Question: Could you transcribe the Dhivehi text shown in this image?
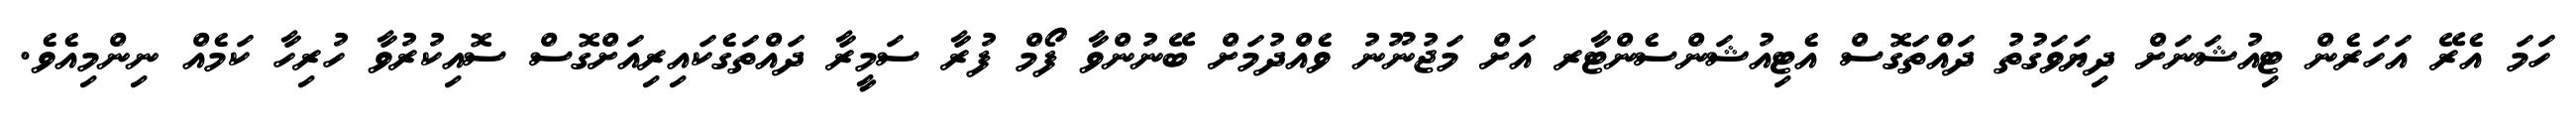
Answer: ހަމަ އެރޭ އަހަރެން ޓިއުޝަނަށް ދިޔަވަގުތު ދައްތަގޮސް އެޓިއުޝަންސެންޓާރ އަށް މަޖުނޫނު ވެއްދުމަށް ބޭނުންވާ ފޯމް ފުރާ ސަމީރާ ދައްތަގެކައިރިއަށްގޮސް ސޮއިކުރުވާ ހުރިހާ ކަމެއް ނިންމިއެވެ.